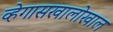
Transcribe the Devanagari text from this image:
व्हेगासखालोखाल